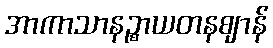
အာကာသာနဉ္စာယတနဈာန်